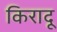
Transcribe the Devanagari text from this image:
किरादू